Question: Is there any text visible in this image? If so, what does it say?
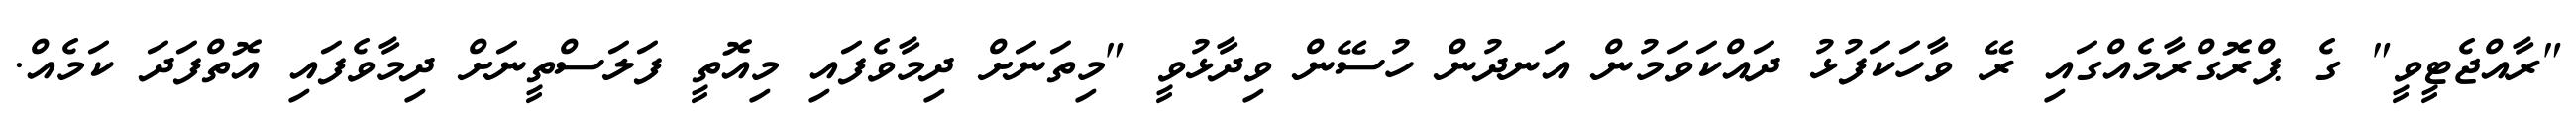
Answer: "ރާއްޖެޓީވީ" ގެ ޕްރޮގްރާމެއްގައި ރޭ ވާހަކަފުޅު ދައްކަވަމުން އަނދުން ހުސޭން ވިދާޅުވީ "މިތަނަށް ދިމާވެފައި މިއޮތީ ފަލަސްތީނަށް ދިމާވެފައި އޮތްފަދަ ކަމެއް.